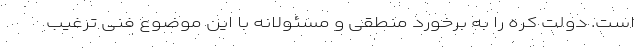
است. دولت کره را به برخورد منطقی و مسئولانه با این موضوع فنی ترغیب